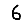
Digit: 6